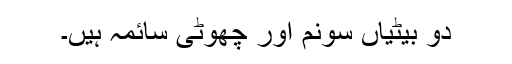
دو بیٹیاں سونم اور چھوٹی سائمہ ہیں۔